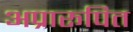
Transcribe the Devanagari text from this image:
अप्रारूपित